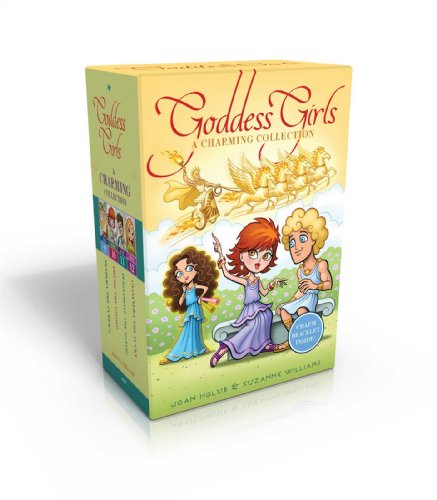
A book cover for The Goddess Girls Charming Collection Books 9-12 (Charm Bracelet Included!): Pandora the Curious; Pheme the Gossip; Persephone the Daring; Cassandra the Lucky; Joan Holub; Children's Books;